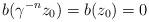
LaTeX: \begin{align*}b(\gamma^{-n} z_0) = b(z_0)=0\end{align*}